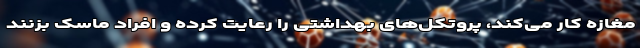
مغازه کار می‌کند، پروتکل‌های بهداشتی را رعایت کرده و افراد ماسک بزنند